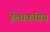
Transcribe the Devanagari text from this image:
हैलोकप्रिय